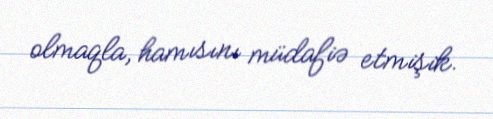
olmaqla, hamısını müdafiə etmişik.